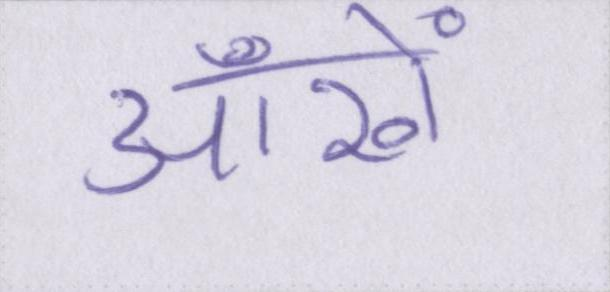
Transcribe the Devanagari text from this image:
आँखें